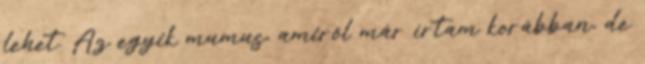
lehet. Az egyik mumus, amiről már írtam korábban, de